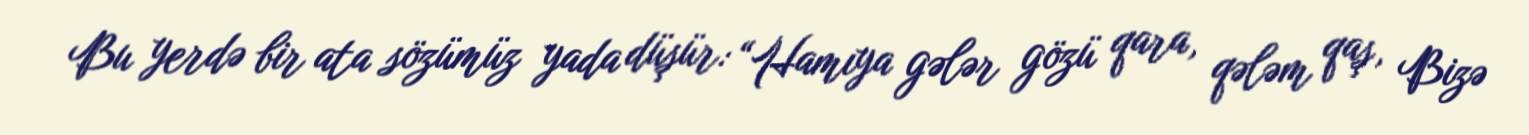
Bu yerdə bir ata sözümüz yada düşür: “Hamıya gələr gözü qara, qələm qaş, Bizə